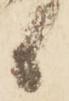
候